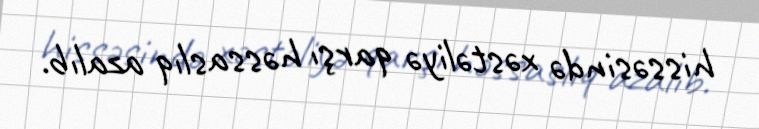
hissəsində xəstəliyə qarşı həssaslıq azalıb.